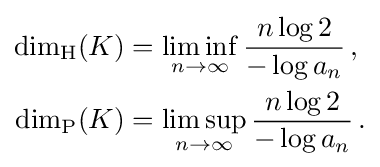
{\begin{aligned}\dim _{\mathrm {H} }(K)&{}=\liminf _{n\to \infty }{\frac {n\log 2}{-\log a_{n}}}\,,\\\dim _{\mathrm {P} }(K)&{}=\limsup _{n\to \infty }{\frac {n\log 2}{-\log a_{n}}}\,.\end{aligned}}